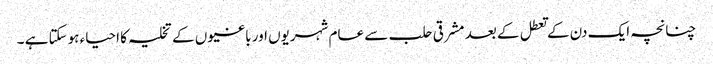
چنانچہ ایک دن کے تعطل کے بعد مشرقی حلب سے عام شہریوں اور باغیوں کے تخلیہ کا احیاء ہوسکتا ہے ۔